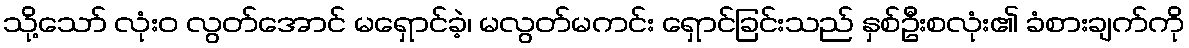
သို့သော် လုံးဝ လွတ်အောင် မရှောင်ခဲ့၊ မလွတ်မကင်း ရှောင်ခြင်းသည် နှစ်ဦးစလုံး၏ ခံစားချက်ကို